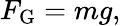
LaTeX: F_{\mathrm{G}}=mg,